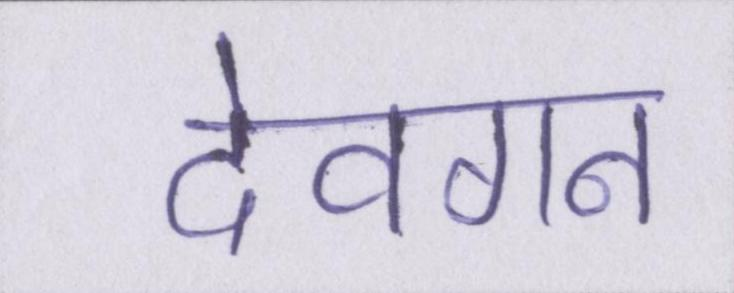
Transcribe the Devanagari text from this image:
देवगन